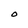
Character: O